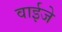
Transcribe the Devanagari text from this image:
वाईजे